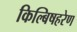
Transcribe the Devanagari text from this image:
किल्बिषहरेण